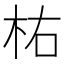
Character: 𣐞